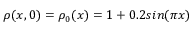
\rho ( x , 0 ) = \rho _ { 0 } ( x ) = 1 + 0 . 2 s i n ( \pi x )